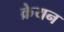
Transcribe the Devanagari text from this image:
क्रेयन